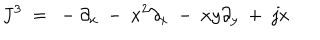
LaTeX: J ^ { 3 } \ = \ - \partial _ { x } \ - \ x ^ { 2 } \partial _ { x } \ - \ x y \partial _ { y } \ + \ j x